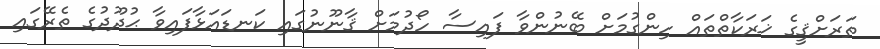
ތަރަށްޤީގެ ޚަރަކާތްތައް ހިންގުމަށް ބޭނުންވާ ފައިސާ ހޯދުމަށް ޤާނޫނުގައި ކަނޑައަޅާފައިވާ ޙުދޫދުގެ ތެރޭގައި